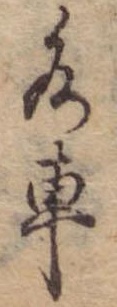
水車